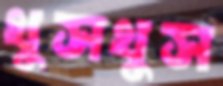
খুসখুস